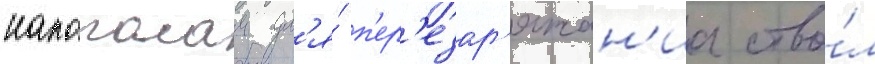
напополам дл'я́ п'ер'езар'яжан'иа ство́л